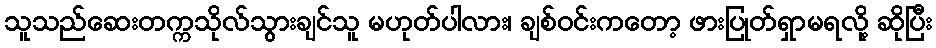
သူသည်ဆေးတက္ကသိုလ်သွားချင်သူ မဟုတ်ပါလား၊ ချစ်ဝင်းကတော့ ဖားပြုတ်ရှာမရလို့ ဆိုပြီး